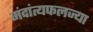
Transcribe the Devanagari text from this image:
मंदांत्यफलज्या